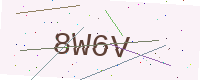
Text: 8W6V